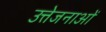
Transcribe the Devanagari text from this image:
उत्तेजनाआें